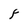
Character: F